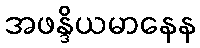
အဖန္ဒိယမာနေန